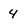
Character: 4